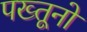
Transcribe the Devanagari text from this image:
पख्तूनो